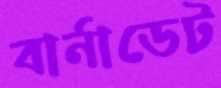
বার্নাডেট